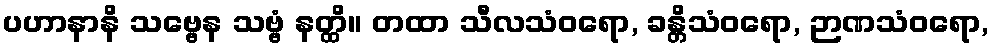
ပဟာနာနိ သဗ္ဗေန သဗ္ဗံ နတ္ထိ။ တထာ သီလသံဝရော, ခန္တိသံဝရော, ဉာဏသံဝရော,